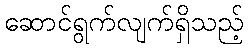
ဆောင်ရွက်လျက်ရှိသည့်